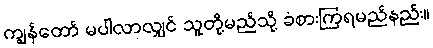
ကျွန်တော် မပါလာလျှင် သူတို့မည်သို့ ခံစားကြရမည်နည်း။